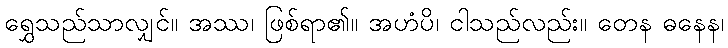
ရွှေသည်သာလျှင်။ အဿ၊ ဖြစ်ရာ၏။ အဟံပိ၊ ငါသည်လည်း။ တေန ဓနေန၊